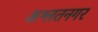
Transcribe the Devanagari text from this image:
अश्लतनगर